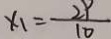
x _ { 1 } = \frac { 2 9 } { 1 0 }